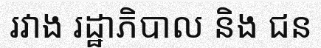
រវាង រដ្ឋាភិបាល និង ជន